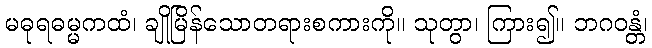
မဓုရဓမ္မကထံ၊ ချိုမြိန်သောတရားစကားကို။ သုတွာ၊ ကြား၍။ ဘဂဝန္တံ၊